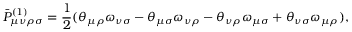
\bar { P } _ { \mu \nu \rho \sigma } ^ { ( 1 ) } = \frac { 1 } { 2 } ( \theta _ { \mu \rho } \omega _ { \nu \sigma } - \theta _ { \mu \sigma } \omega _ { \nu \rho } - \theta _ { \nu \rho } \omega _ { \mu \sigma } + \theta _ { \nu \sigma } \omega _ { \mu \rho } ) ,